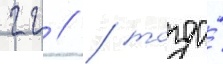
гг // / тогда́